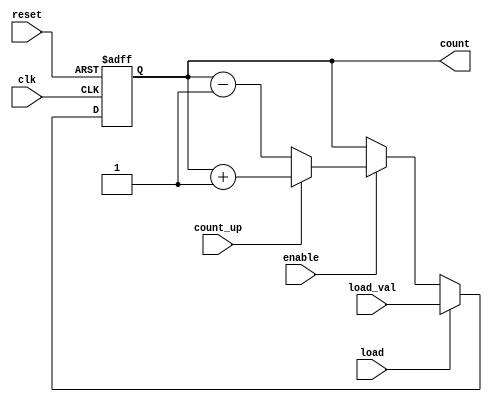
module ChainedParallelCounter (
    input wire clk,            // Clock signal
    input wire reset,          // Asynchronous reset
    input wire enable,         // Enable signal
    input wire count_up,       // Count direction (1 for up, 0 for down)
    input wire [N-1:0] load_val, // Load value for the counter
    input wire load,           // Load signal
    output reg [N-1:0] count   // Counter output
);
    parameter N = 4; // Number of bits in the counter

    always @(posedge clk or posedge reset) begin
        if (reset) begin
            count <= 0; // Reset the counter to zero
        end else if (load) begin
            count <= load_val; // Load the specified value
        end else if (enable) begin
            if (count_up) begin
                count <= count + 1; // Increment the counter
            end else begin
                count <= count - 1; // Decrement the counter
            end
        end
    end
endmodule